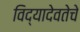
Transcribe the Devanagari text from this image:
विद्यादेवतेचे